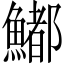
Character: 𩼁